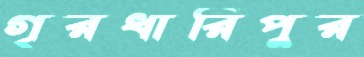
গৃরধারিপুর